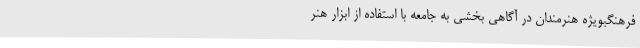
فرهنگبویژه هنرمندان در آگاهی بخشی به جامعه با استفاده از ابزار هنر